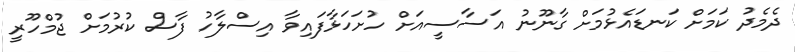
ދެމެދު ކަމަށް ކަނޑައެޅުމަށް ގާނޫނު އަސާސީއަށް ހުށަހަޅާފައިވާ އިސްލާހު ފާސް ކުރުމަށް ޖުމްހޫރީ